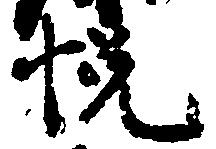
悦